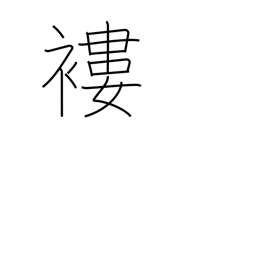
Meaning: rags